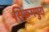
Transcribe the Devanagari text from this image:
सिकमपुरा